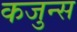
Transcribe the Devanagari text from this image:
कजुन्स